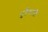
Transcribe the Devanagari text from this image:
पुर्तेगाली